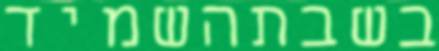
בשבתהשמיד